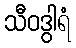
သီဝဒွါရံ